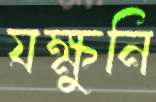
যক্ষুনি